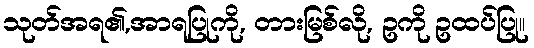
သုတ်အရ၏,အာရပြုကို, တားမြစ်လို, ဥကို ဥထပ်ပြု။